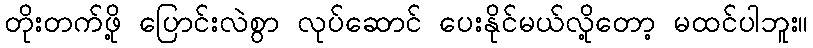
တိုးတက်ဖို့ ပြောင်းလဲစွာ လုပ်ဆောင် ပေးနိုင်မယ်လို့တော့ မထင်ပါဘူး။